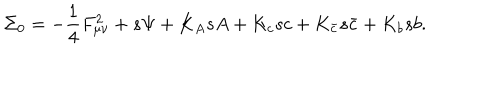
\Sigma _ { 0 } = - { \frac { 1 } { 4 } } F _ { \mu \nu } ^ { 2 } + s \Psi + K _ { A } s A + K _ { c } s c + K _ { \bar { c } } s \bar { c } + K _ { b } s b .